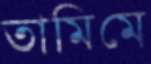
তামিমে